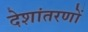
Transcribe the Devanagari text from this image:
देशांतरणों